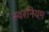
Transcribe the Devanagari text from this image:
स्वरनियम